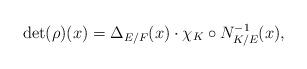
LaTeX: \begin{align*} \det(\rho)(x)=\Delta_{E/F}(x)\cdot\chi_K\circ N_{K/E}^{-1}(x), \end{align*}